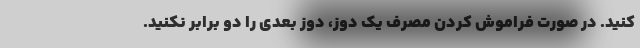
کنید. در صورت فراموش کردن مصرف یک دوز، دوز بعدی را دو برابر نکنید.